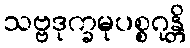
သဗ္ဗဒုက္ခမုပစ္စဂုန္တိ